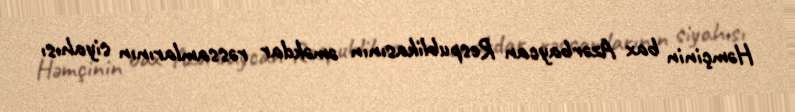
Həmçinin bax Azərbaycan Respublikasının əməkdar rəssamlarının siyahısı